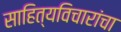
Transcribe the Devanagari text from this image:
साहित्यविचारांचा